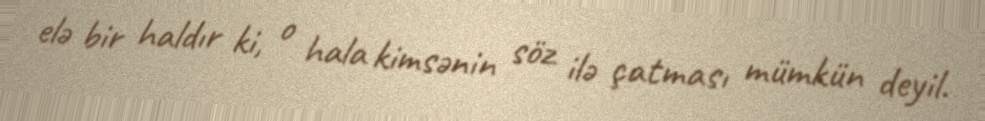
elə bir haldır ki, o hala kimsənin söz ilə çatması mümkün deyil.